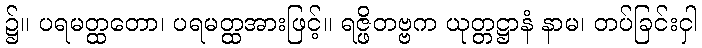
၌။ ပရမတ္ထတော၊ ပရမတ္ထအားဖြင့်။ ရဇ္ဖိတဗ္ဗက ယုတ္တဋ္ဌာနံ နာမ၊ တပ်ခြင်းငှါ